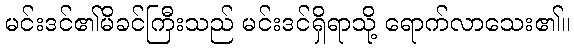
မင်းဒင်၏မိခင်ကြီးသည် မင်းဒင်ရှိရာသို့ ရောက်လာသေး၏။